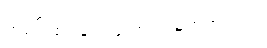
ထမင်းစားခဲ့ကြဖူးတယ် မဟုတ်လား။